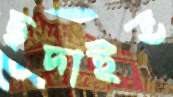
ছদাইত